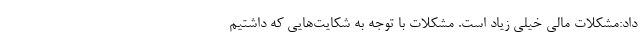
داد:مشکلات مالی خیلی زیاد است. مشکلات با توجه به شکایت‌هایی که داشتیم